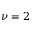
\nu = 2